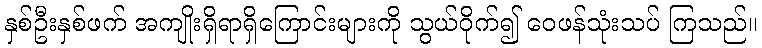
နှစ်ဦးနှစ်ဖက် အကျိုးရှိရာရှိကြောင်းများကို သွယ်ဝိုက်၍ ဝေဖန်သုံးသပ် ကြသည်။